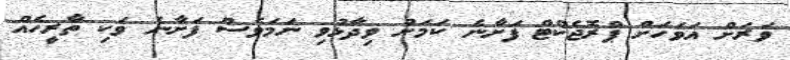
ވަރަށް އަވަހަށް ޕްރޮޖެކްޓް ފަށާނެ ކަމަށް ވިދާޅުވި ނަމަވެސް ފަށާނެ ވަކި ތާރީހެއް